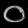
Digit: ၀